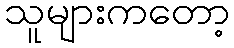
သူများကတော့